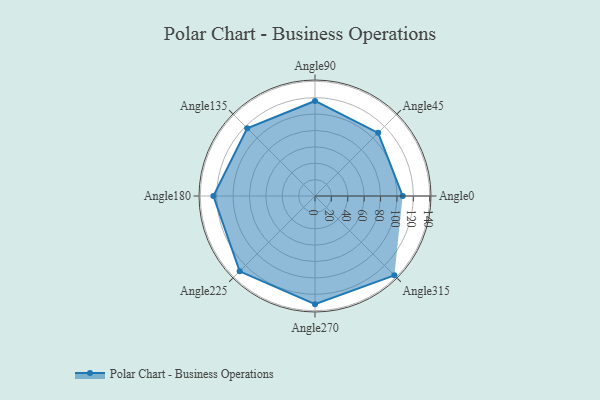
{"axis": {"x": "Angle", "y": "Radius"}, "legend": [""], "data": [{"x": "Angle0", "y": 107.0, "type": ""}, {"x": "Angle45", "y": 109.0, "type": ""}, {"x": "Angle90", "y": 116.0, "type": ""}, {"x": "Angle135", "y": 117.0, "type": ""}, {"x": "Angle180", "y": 124.0, "type": ""}, {"x": "Angle225", "y": 130.0, "type": ""}, {"x": "Angle270", "y": 132.0, "type": ""}, {"x": "Angle315", "y": 137.0, "type": ""}]}